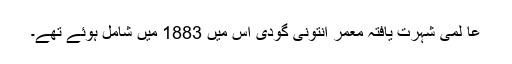
عا لمی شہرت یافتہ معمر انتونی گودی اس میں 1883 میں شامل ہوئے تھے۔